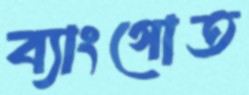
ব্যাংগোত